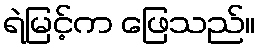
ရဲမြင့်က ဖြေသည်။